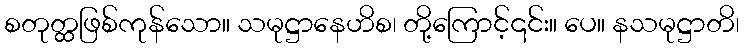
စတုတ္ထဖြစ်ကုန်သော။ သမုဋ္ဌာနေဟိစ၊ တို့ကြောင့်၎င်း။ ပေ။ နသမုဋ္ဌာတိ၊